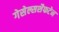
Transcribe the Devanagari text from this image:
गेसेल्सशैफटेन